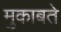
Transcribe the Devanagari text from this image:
मुकाबते